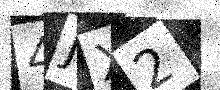
Text: 4JX2